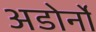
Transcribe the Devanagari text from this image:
अडोर्नो